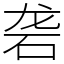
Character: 砻